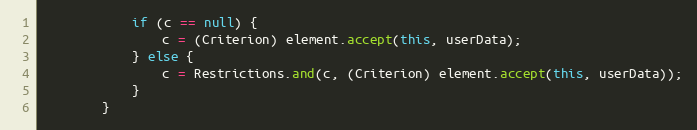
Language: Java
			if (c == null) {
				c = (Criterion) element.accept(this, userData);
			} else {
				c = Restrictions.and(c, (Criterion) element.accept(this, userData));
			}
		}